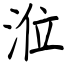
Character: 涖